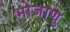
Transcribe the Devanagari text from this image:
भोजाणु